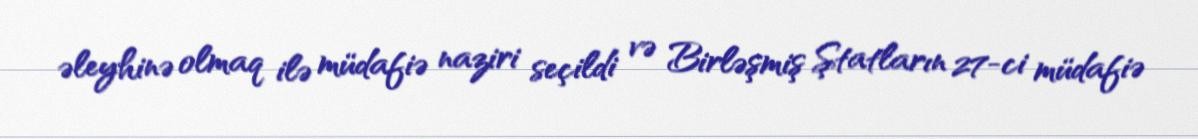
əleyhinə olmaq ilə müdafiə naziri seçildi və Birləşmiş Ştatların 27-ci müdafiə